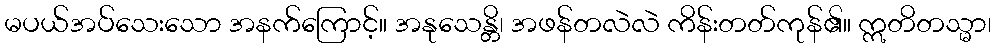
မပယ်အပ်သေးသော အနက်ကြောင့်။ အနုသေန္တိ၊ အဖန်တလဲလဲ ကိန်းတတ်ကုန်၏။ ဣတိတသ္မာ၊